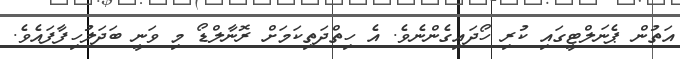
އަތުން ޕެނަލްޓީގައި ކުރި ހޯދައިގެންނެވެ. އެ ހިތްދަތިކަމަށް ރޮނާލްޑޯ މި ވަނީ ބަދަލުހިފާފައެވެ.